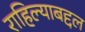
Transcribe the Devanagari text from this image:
राहिल्याबद्दल